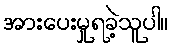
အားပေးမှုရခဲ့သူပါ။